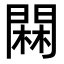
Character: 䦥